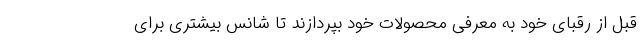
قبل از رقبای خود به معرفی محصولات خود بپردازند تا شانس بیشتری برای